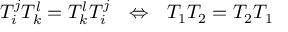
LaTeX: T _ { i } ^ { j } T _ { k } ^ { l } = T _ { k } ^ { l } T _ { i } ^ { j } \ \ \Leftrightarrow \ \ T _ { 1 } T _ { 2 } = T _ { 2 } T _ { 1 }